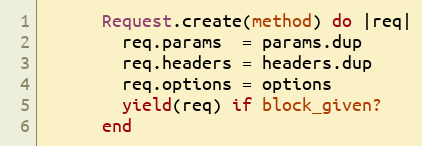
Language: Ruby
      Request.create(method) do |req|
        req.params  = params.dup
        req.headers = headers.dup
        req.options = options
        yield(req) if block_given?
      end